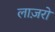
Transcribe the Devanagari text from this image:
लाज़रो